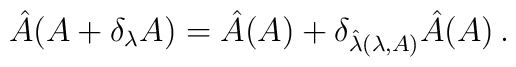
\hat{A}(A+\delta_\lambda A)=\hat{A}(A) + \delta_{\hat{\lambda}(\lambda, A)} \hat{A}(A) \, .